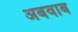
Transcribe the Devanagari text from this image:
अबवाब